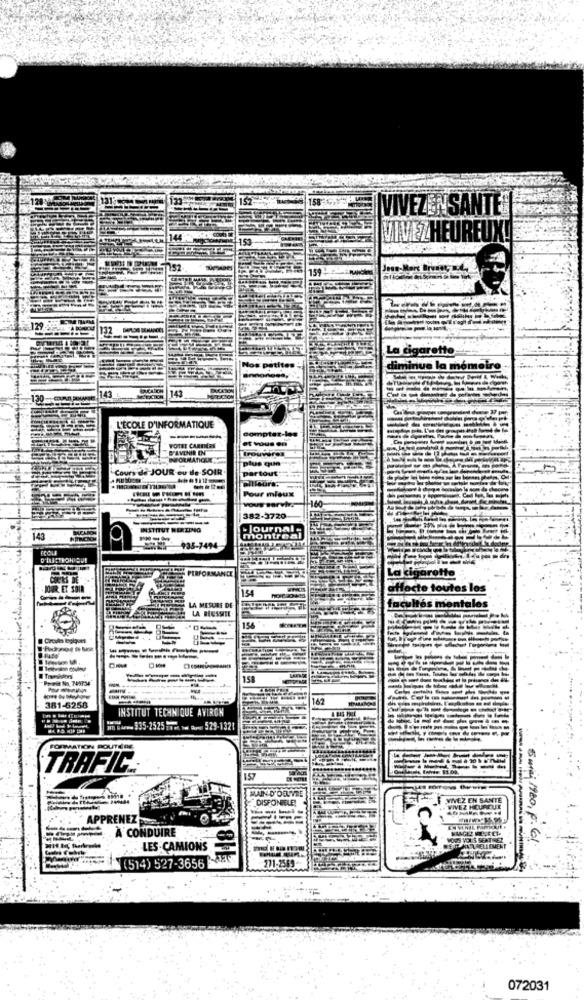
VIVEZENSANTE
VIVEZHEUREUX!
Jene-Marc Brunet, a.d.
La cigarette-
nue la momeire.
L'ÉCOLE D'INFORMATIQUE
compter-les
-----
VOTRE CARRIERS
et vous en
D'AVENIR IN
trouverez
plus que
Cours de JOUR ou dle SOIR
partout
Pour mieux
servi
382-3720
INSTITUT HERZING
Journal-
143
ntre
ECOLE
935-7494-
PERFORMANCE
La cigarette
COURS DE
JIR ET SOIR
154
affecte toutes les
facultés mentales
LA MESURE DE
LA REUSSITE
154
Proeit No. 749734
381-6258
162
INSTITUT TECHNIQUE AVIRON
w #www. $35-2525243 m Que 529-1321
FORMATION SOUTRE
TRAFIC:
157
DISFONIELET
VIVEZ EN SANTE
APPRENEZ
À CONDUIRE
025 VOUS SERT
5 maj 1980, p. 61
LES CAMIONS
NATURELLEMENT
271-2569
((514) 527-3656
072031